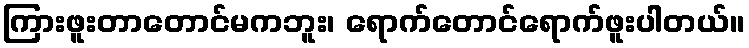
ကြားဖူးတာတောင်မကဘူး၊ ရောက်တောင်ရောက်ဖူးပါတယ်။